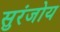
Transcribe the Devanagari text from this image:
सुरंजोय